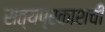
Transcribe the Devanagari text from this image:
सत्यप्रकाशची